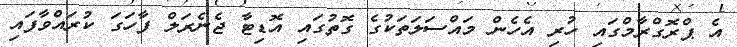
އެ ޕްރޮގްރާމްގައި ހުރި އެހެން މައްސަލަތަކުގެ ގޮތުގައި އޮޑިޓާ ޖެނެރަލް ފާހަގަ ކުރައްވާފައި